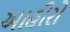
આહીરો